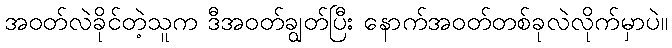
အဝတ်လဲခိုင်တဲ့သူက ဒီအဝတ်ချွတ်ပြီး နောက်အဝတ်တစ်ခုလဲလိုက်မှာပဲ။